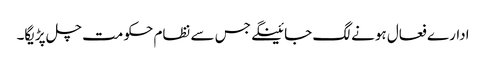
ادارے فعال ہونے لگ جائینگے جس سے نظام حکومت چل پڑیگا۔